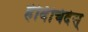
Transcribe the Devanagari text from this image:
हेर्बिचिदेस्